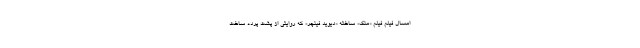
امسال فیلم فیلم «منک» ساخته «دیوید فینچر» که روایتی از پشت پرده ساخت